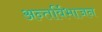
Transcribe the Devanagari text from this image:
अन्तर्विभाजन